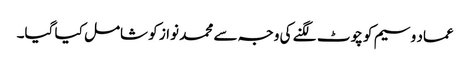
عماد وسیم کو چوٹ لگنے کی وجہ سے محمد نواز کو شامل کیا گیا۔